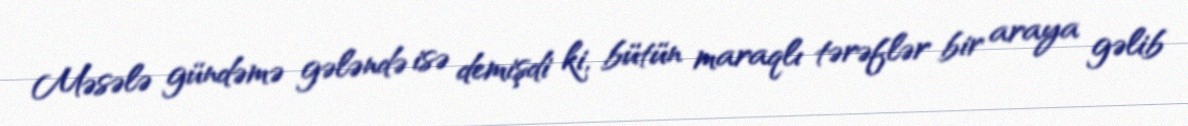
Məsələ gündəmə gələndə isə demişdi ki, bütün maraqlı tərəflər bir araya gəlib